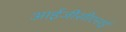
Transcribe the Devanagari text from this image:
आईजीसीएसई